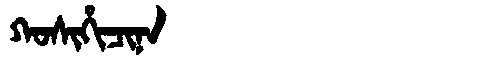
Manchu: ᡴᠣᠰᡳᡥᡳᠴᡳᠨᠠ
Romanization: KOSIHICINA